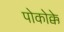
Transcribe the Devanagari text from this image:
पोकोक्के